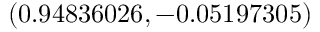
( 0 . 9 4 8 3 6 0 2 6 , - 0 . 0 5 1 9 7 3 0 5 )